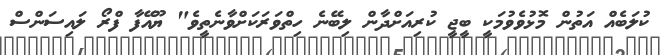
ކުލަބެއް އަތުން މޮޅުވެވުމަކީ ބީޖީ ކުރިއަށްދާން ލިބޭނެ ހިތްވަރަކަށްވާނެތީވެ" ޔޫއޭފާ ފްރޯ ލައިސަންސް